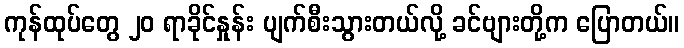
ကုန်ထုပ်တွေ ၂၀ ရာခိုင်နှုန်း ပျက်စီးသွားတယ်လို့ ခင်ဗျားတို့က ပြောတယ်။